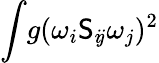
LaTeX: \int\! g(\omega_{i}\mathsf{S}_{i\! j}\omega_{j})^{2}